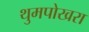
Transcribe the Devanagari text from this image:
थुमपोखरा